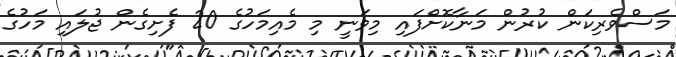
މަސްވެރިކަން ކުރުން މަނާކޮށްފައި މިވަނީ މި މެއިމަހުގެ 20 ފެށިގެން ޖުލައި މަހުގެ